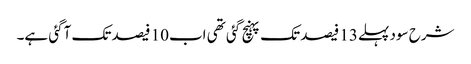
شرح سود پہلے13 فیصد تک پہنچ گئی تھی اب10 فیصد تک آگئی ہے۔